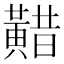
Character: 𪏈